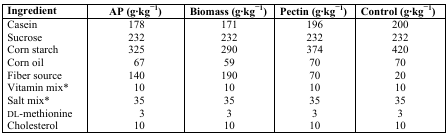
| Ingredient | AP (g·kg-1) | Biomass (g·kg-1) | Pectin (g·kg-1) | Control (g·kg-1) |
 | --- | --- | --- | --- | --- |
 | Casein | 178 | 171 | 196 | 200 |
 | Sucrose | 232 | 232 | 232 | 232 |
 | Corn starch | 325 | 290 | 374 | 420 |
 | Corn oil | 67 | 59 | 70 | 70 |
 | Fiber source | 140 | 190 | 70 | 20 |
 | Vitamin mix* | 10 | 10 | 10 | 10 |
 | Salt mix* | 35 | 35 | 35 | 35 |
 | DL-methionine | 3 | 3 | 3 | 3 |
 | Cholesterol | 10 | 10 | 10 | 10 |